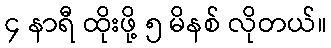
၄ နာရီ ထိုးဖို့ ၅ မိနစ် လိုတယ်။